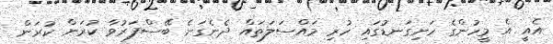
އެއީ އެ މީހުންގެ ހަށިގަނޑުގައި ހުރި މައްސަލަތައް ދެނެގަނެ ބޭސްފަރުވާ ކުރަން ކުރަން